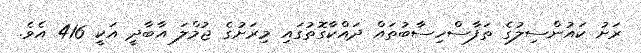
ރަށު ކައުންސިލުގެ ތަފާސްހިސާބުތައް ދައްކާގޮތުގައި މިރަށުގެ ޖުމްލަ އާބާދީ އަކީ 416 އެވެ.